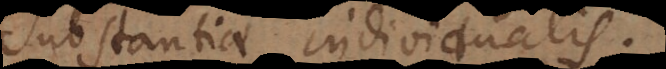
substantiae individualis;